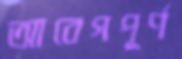
আবেগপূর্ণ